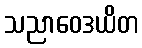
သညာဝေဒယိတ